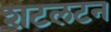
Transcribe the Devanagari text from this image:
शटलटन